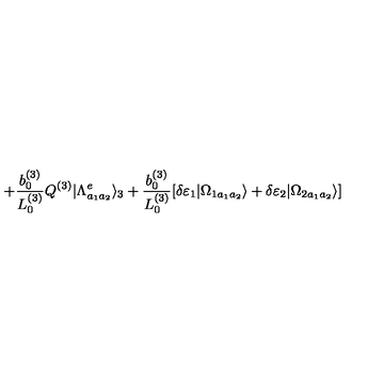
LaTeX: + \frac { b _ { 0 } ^ { ( 3 ) } } { L _ { 0 } ^ { ( 3 ) } } Q ^ { ( 3 ) } | \Lambda _ { a _ { 1 } a _ { 2 } } ^ { e } \rangle _ { 3 } + \frac { b _ { 0 } ^ { ( 3 ) } } { L _ { 0 } ^ { ( 3 ) } } [ \delta \varepsilon _ { 1 } | \Omega _ { 1 a _ { 1 } a _ { 2 } } \rangle + \delta \varepsilon _ { 2 } | \Omega _ { 2 a _ { 1 } a _ { 2 } } \rangle ]